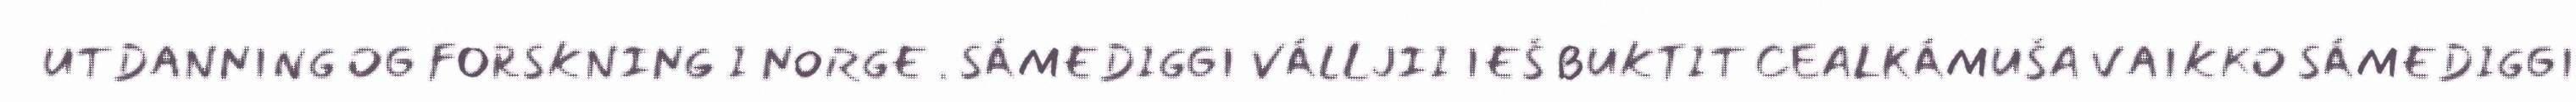
UTDANNING OG FORSKNING I NORGE . SÁMEDIGGI VÁLLJII IEŠ BUKTIT CEALKÁMUŠA VAIKKO SÁMEDIGGI